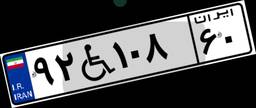
۵۰W۰۵۷۳۹